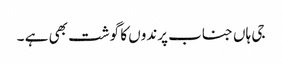
جی ہاں جناب پرندوں کا گوشت بھی ہے ۔